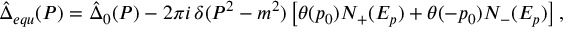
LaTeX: \hat { \Delta } _ { e q u } ( P ) = \hat { \Delta } _ { 0 } ( P ) - 2 \pi i \, \delta ( P ^ { 2 } - m ^ { 2 } ) \left[ \theta ( p _ { 0 } ) N _ { + } ( E _ { p } ) + \theta ( - p _ { 0 } ) N _ { - } ( E _ { p } ) \right] ,